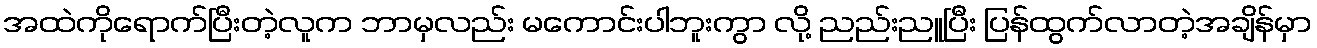
အထဲကိုရောက်ပြီးတဲ့လူက ဘာမှလည်း မကောင်းပါဘူးကွာ လို့ ညည်းညူပြီး ပြန်ထွက်လာတဲ့အချိန်မှာ